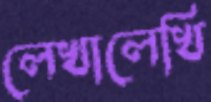
লেখালেখি